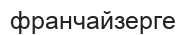
франчайзерге